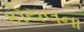
કોયલના